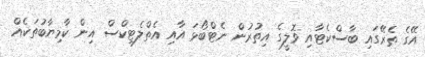
އޭގެ ތެރޭގައި ބާސްކެޓާއި ވޮލީގެ އިތުރުން ނެޓްބޯޅަ އާއި އެތްލެޓިކްސް އިން ކާމިޔާބުތަކެއް